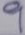
9